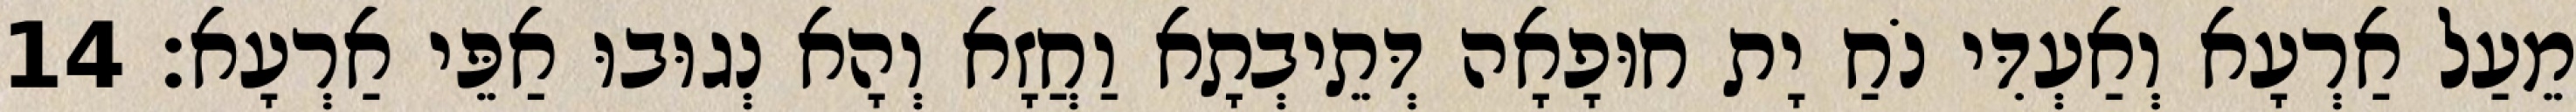
מֵעַל אַרְעָא וְאַעְדִּי נֹחַ יָת חוּפָאָה דְּתֵיבְתָא וַחֲזָא וְהָא נְגוּבוּ אַפֵּי אַרְעָא׃ 14